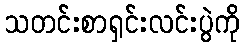
သတင်းစာရှင်းလင်းပွဲကို